Statistics compiled by the Government of India from the reports of provincial Civil Veterinary Departments
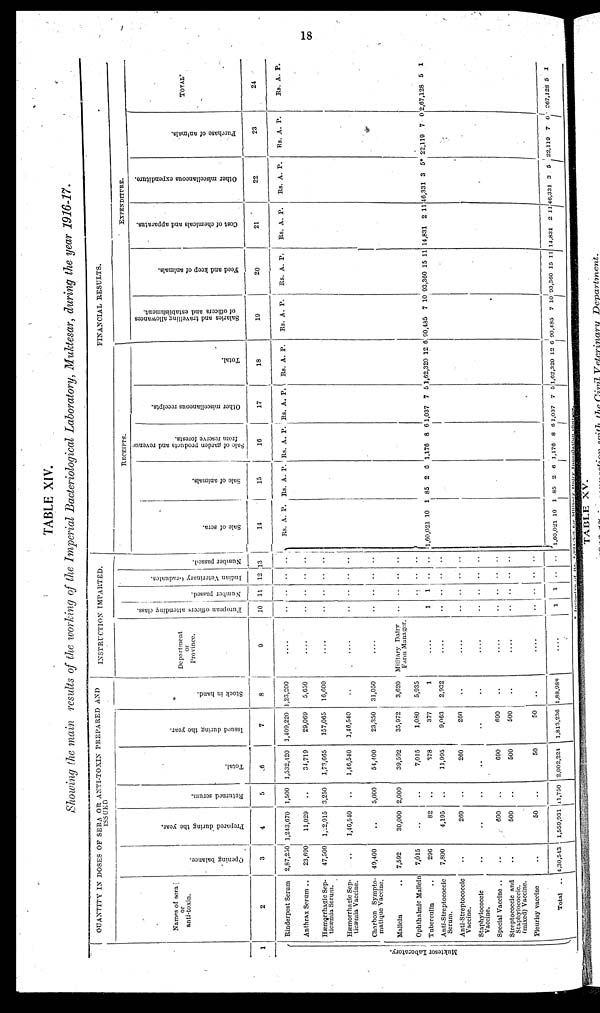
18
TABLE XIV.
Showing the main results of the working of the Imperial Bacteriological Laboratory, Muktesar, during the year 1916-17.
1
Mukte s or Laboratory.
QUANTITY IN DOSES OF SERA OR ANTI-TOXIN PREPARED AND
ISSUED
Names of sera
or
anti-toxin.
2
Rinderpest Serum
Anthrax Serum ..
Hæmorrhagic Sep-
ticæmia Serum.
Hæmorrhagic Sep-
ticæmia Vaccine.
Charbon Sympto-
matique Vaccine.
Mallein ..
Ophthalmic Mallein
Tuberculin
Anti-Streptococcic
Serum.
Anti-Streptococcic
Vaccine.
Staphylococcic
Vaccine.
Special Vaccine ..
Streptococcic and
Staphylococcic.
(mixed) Vaccine.
Pleurisy vaccine
Total ..
Ope ni ng bal ance.
3
2,87,250
23,600
47,500
..
49,400
7,592
7,015
296
7,800
..
..
..
..
..
4,30,543
Prepared during the year .
4
1,243,670
11,029
1,22,915
1,46,540
..
30,000
..
82
4,195
260
..
690
500
50
1,559,931
Re t
ur ne d serum.
5
1,500
..
3,250
..
5,000
2,000
..
..
..
..
..
..
..
..
11,750
Tot al .
6
1,532,420
34,719
1,73,665
1,46,540
54,400
39,592
7,015
378
11,995
260
..
690
500
50
2,002,224
I s s ued dur i
ng the year.
7
1,409,220
29,069
157,065
1,46,540
23,350
35,972
1,080
377
9,063
260
..
690
500
50
1,813,236
St ock in hand.
8
1,23,200
5,650
16,600
..
31,050
3,620
5,935
1
2,932
..
..
..
..
..
1,88,988
INSTRUCTION IMPARTED.
Department
or
Province.
9
....
....
....
....
....
Military Dairy
Farm Manager.
....
....
....
....
....
....
....
....
Eur ope a n officers attending class.
10
..
..
..
..
..
..
1
..
..
..
..
..
..
1
Nu mb e r passed.
11
..
..
..
..
..
..
..
1
..
..
..
..
..
..
1
I ndi an Ve t
e r
i
na r
y Graduates.
12
..
..
..
..
..
..
..
..
..
..
..
..
..
..
..
Number passed.
13
..
..
..
..
..
..
..
..
..
..
..
..
..
..
..
FINANCIAL RESULTS.
RECEIPTS.
Sale of sera.
14
Rs.
1,60,021
1,60,021
A.
10
10
P.
1
1
Sale of animals.
15
Rs.
85
85
A.
2
2
P.
0
6
Sale of garden products and revenue
from reserve forests.
16
Rs.
1,176
1,176
A.
8
8
P.
6
6
Other miscellaneous receipts.
17
Rs.
1,037
1,037
A.
7
7
P.
5
5
Total.
18
Rs.
1,62,320
1,62,320
A.
12
12
P.
6
6
EXPENDITURE.
Salaries and t
r avel l
i
ng allowances
of officers and establishment.
19
Rs.
90,485
90,485
A.
7
7
P.
10
10
Feed and keep of animals.
20
Rs.
93,360
93,360
A.
15
15
P.
11
11
Cost of chemicals and apparatus.
21
Rs.
14,831
14,831
A.
2
2
P.
11
11
Other miscellaneous expenditure.
22
Rs.
46,331
46,331
A.
3
3
P.
5*
5
Purchase of animals.
23
Rs.
22,119
22,119
A.
7
7
P.
0
0
TOTAL.
24
Rs.
2,67,128
267,128
A.
5
5
P.
1
1